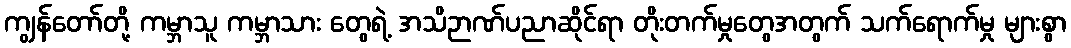
ကျွန်တော်တို့ ကမ္ဘာသူ ကမ္ဘာသား တွေရဲ့ အသိဉာဏ်ပညာဆိုင်ရာ တိုးတက်မှုတွေအတွက် သက်ရောက်မှု များစွာ